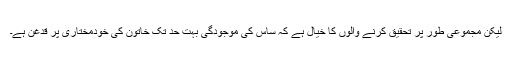
لیکن مجموعی طور پر تحقیق کرنے والوں کا خیال ہے کہ ساس کی موجودگی بہت حد تک خاتون کی خودمختاری پر قدغن ہے۔